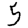
Digit: 5